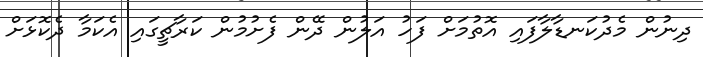
ދިނުން މެދުކަނޑާލާފައި އޮތުމަށް ފަހު އަލުން ދޭން ފެށުމުން ކަރާޗީގައި އެކަމާ ދެކޮޅަށް